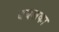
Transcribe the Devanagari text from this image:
बबलका